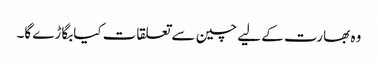
وہ بھارت کے لیے چین سے تعلقات کیابگاڑے گا۔